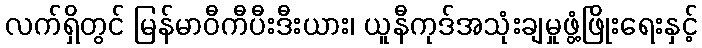
လက်ရှိတွင် မြန်မာဝီကီပီးဒီးယား၊ ယူနီကုဒ်အသုံးချမှုဖွံ့ဖြိုးရေးနှင့်